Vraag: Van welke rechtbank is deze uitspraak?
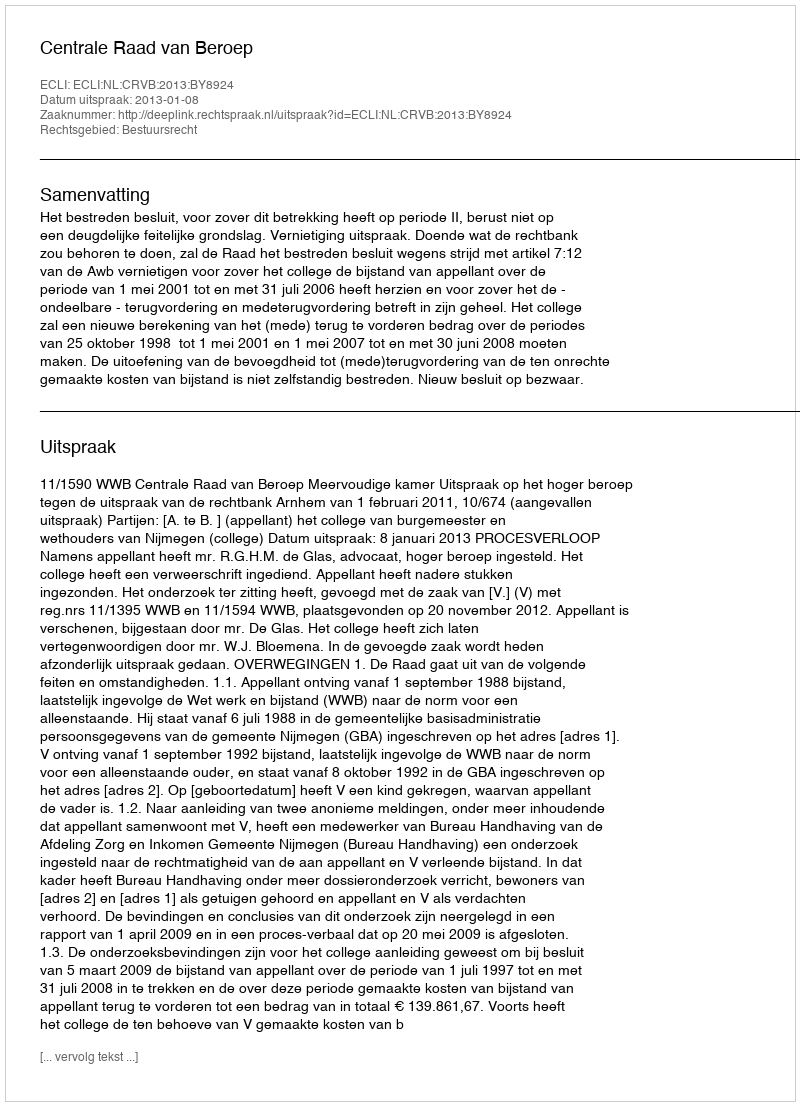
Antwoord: Centrale Raad van Beroep